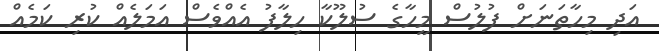
އަދި މިހާތަނަށް ފުލުސް މީހާގެ ސުލޫކާ ހިލާފު އެއްވެސް އަމަލެއް ކުރި ކަމެއް